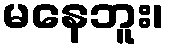
မနေဘူး၊